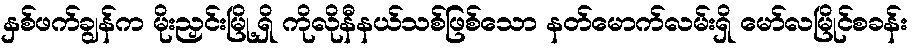
နှစ်ဖက်ချွန်က မိုးညှင်းမြို့ရှိ ကိုလိုနီနယ်သစ်ဖြစ်သော နတ်မောက်လမ်းရှိ မော်လမြိုင်စခန်း